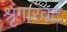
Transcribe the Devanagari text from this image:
श्रृंगारवट